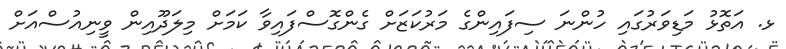
ޅ. އަތޮޅު މަޑިވަރުގައި ހުންނަ ސިފައިންގެ މަރުކަޒަށް ގެންގޮސްފައިވާ ކަމަށް މިލަދޫއިން ވީނިއުސްއަށް